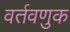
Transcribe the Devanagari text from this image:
वर्तवणुक